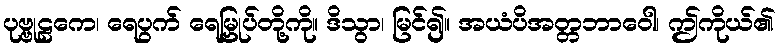
ပုဗ္ဗုဠကေ၊ ရေပွက် ရေမြှုပ်တို့ကို။ ဒိသွာ၊ မြင်၍။ အယံပိအတ္တဘာဝေါ၊ ဤကိုယ်၏